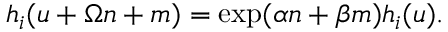
h _ { i } ( u + \Omega n + m ) = \exp ( \alpha n + \beta m ) h _ { i } ( u ) .